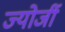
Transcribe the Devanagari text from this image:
ज्योर्जी